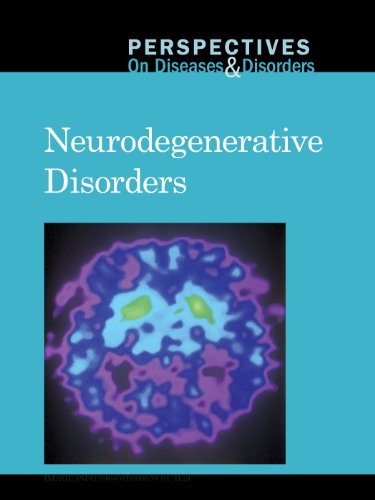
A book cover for Neurodegenerative Disorders (Perspectives on Diseases and Disorders); Sylvia Engdahl; Health, Fitness & Dieting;